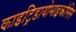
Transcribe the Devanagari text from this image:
काइट्रिडायोमाइकोसिस